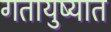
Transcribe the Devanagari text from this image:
गतायुष्यात